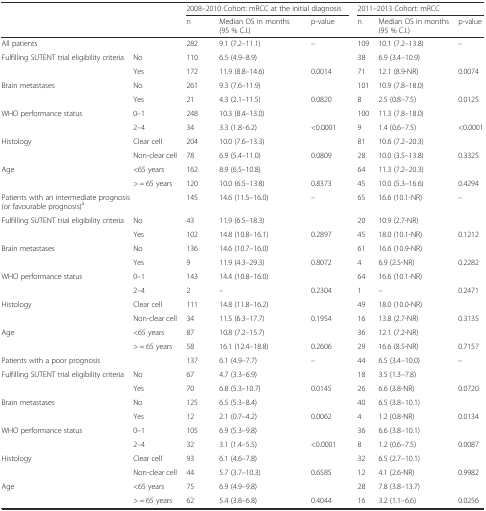
<table><thead><tr><td rowspan="2" colspan="2"></td><td colspan="3"><b>2008–2010 Cohort: mRCC at the initial diagnosis</b></td><td colspan="3"><b>2011–2013 Cohort: mRCC</b></td></tr><tr><td><b>n</b></td><td><b>Median OS in months (95 % C.I.)</b></td><td><b>p-value</b></td><td><b>n</b></td><td><b>Median OS in months (95 % C.I.)</b></td><td><b>p-value</b></td></tr></thead><tbody><tr><td colspan="2">All patients</td><td>282</td><td>9.1 (7.2–11.1)</td><td>–</td><td>109</td><td>10.1 (7.2–13.8)</td><td>–</td></tr><tr><td>Fulfilling SUTENT trial eligibility criteria</td><td>No</td><td>110</td><td>6.5 (4.9–8.9)</td><td></td><td>38</td><td>6.9 (3.4–10.9)</td><td></td></tr><tr><td></td><td>Yes</td><td>172</td><td>11.9 (8.8–14.6)</td><td>0.0014</td><td>71</td><td>12.1 (8.9-NR)</td><td>0.0074</td></tr><tr><td>Brain metastases</td><td>No</td><td>261</td><td>9.3 (7.6–11.9)</td><td></td><td>101</td><td>10.9 (7.8–18.0)</td><td></td></tr><tr><td></td><td>Yes</td><td>21</td><td>4.3 (2.1–11.5)</td><td>0.0820</td><td>8</td><td>2.5 (0.8–7.5)</td><td>0.0125</td></tr><tr><td>WHO performance status</td><td>0–1</td><td>248</td><td>10.3 (8.4–13.0)</td><td></td><td>100</td><td>11.3 (7.8–18.0)</td><td></td></tr><tr><td></td><td>2–4</td><td>34</td><td>3.3 (1.8–6.2)</td><td>&lt;0.0001</td><td>9</td><td>1.4 (0.6–7.5)</td><td>&lt;0.0001</td></tr><tr><td>Histology</td><td>Clear cell</td><td>204</td><td>10.0 (7.6–13.3)</td><td></td><td>81</td><td>10.6 (7.2–20.3)</td><td></td></tr><tr><td></td><td>Non-clear cell</td><td>78</td><td>6.9 (5.4–11.0)</td><td>0.0809</td><td>28</td><td>10.0 (3.5–13.8)</td><td>0.3325</td></tr><tr><td>Age</td><td>&lt;65 years</td><td>162</td><td>8.9 (6.5–10.8)</td><td></td><td>64</td><td>11.3 (7.2–20.3)</td><td></td></tr><tr><td></td><td>&gt; = 65 years</td><td>120</td><td>10.0 (6.5–13.8)</td><td>0.8373</td><td>45</td><td>10.0 (5.3–16.6)</td><td>0.4294</td></tr><tr><td colspan="2">Patients with an intermediate prognosis (or favourable prognosis)<sup>a</sup></td><td>145</td><td>14.6 (11.5–16.0)</td><td>–</td><td>65</td><td>16.6 (10.1-NR)</td><td>–</td></tr><tr><td>Fulfilling SUTENT trial eligibility criteria</td><td>No</td><td>43</td><td>11.9 (6.5–18.3)</td><td></td><td>20</td><td>10.9 (2.7-NR)</td><td></td></tr><tr><td></td><td>Yes</td><td>102</td><td>14.8 (10.8–16.1)</td><td>0.2897</td><td>45</td><td>18.0 (10.1-NR)</td><td>0.1212</td></tr><tr><td>Brain metastases</td><td>No</td><td>136</td><td>14.6 (10.7–16.0)</td><td></td><td>61</td><td>16.6 (10.9-NR)</td><td></td></tr><tr><td></td><td>Yes</td><td>9</td><td>11.9 (4.3–29.3)</td><td>0.8072</td><td>4</td><td>6.9 (2.5-NR)</td><td>0.2282</td></tr><tr><td>WHO performance status</td><td>0–1</td><td>143</td><td>14.4 (10.8–16.0)</td><td></td><td>64</td><td>16.6 (10.1-NR)</td><td></td></tr><tr><td></td><td>2–4</td><td>2</td><td>–</td><td>0.2304</td><td>1</td><td>–</td><td>0.2471</td></tr><tr><td>Histology</td><td>Clear cell</td><td>111</td><td>14.8 (11.8–16.2)</td><td></td><td>49</td><td>18.0 (10.0-NR)</td><td></td></tr><tr><td></td><td>Non-clear cell</td><td>34</td><td>11.5 (6.3–17.7)</td><td>0.1954</td><td>16</td><td>13.8 (2.7-NR)</td><td>0.3135</td></tr><tr><td>Age</td><td>&lt;65 years</td><td>87</td><td>10.8 (7.2–15.7)</td><td></td><td>36</td><td>12.1 (7.2-NR)</td><td></td></tr><tr><td></td><td>&gt; = 65 years</td><td>58</td><td>16.1 (12.4–18.8)</td><td>0.2606</td><td>29</td><td>16.6 (8.5-NR)</td><td>0.7157</td></tr><tr><td colspan="2">Patients with a poor prognosis</td><td>137</td><td>6.1 (4.9–7.7)</td><td>–</td><td>44</td><td>6.5 (3.4–10.0)</td><td>–</td></tr><tr><td>Fulfilling SUTENT trial eligibility criteria</td><td>No</td><td>67</td><td>4.7 (3.3–6.9)</td><td></td><td>18</td><td>3.5 (1.3–7.8)</td><td></td></tr><tr><td></td><td>Yes</td><td>70</td><td>6.8 (5.3–10.7)</td><td>0.0145</td><td>26</td><td>6.6 (3.8-NR)</td><td>0.0720</td></tr><tr><td>Brain metastases</td><td>No</td><td>125</td><td>6.5 (5.3–8.4)</td><td></td><td>40</td><td>6.5 (3.8–10.1)</td><td></td></tr><tr><td></td><td>Yes</td><td>12</td><td>2.1 (0.7–4.2)</td><td>0.0062</td><td>4</td><td>1.2 (0.8-NR)</td><td>0.0134</td></tr><tr><td>WHO performance status</td><td>0–1</td><td>105</td><td>6.9 (5.3–9.8)</td><td></td><td>36</td><td>6.6 (3.8–10.1)</td><td></td></tr><tr><td></td><td>2–4</td><td>32</td><td>3.1 (1.4–5.5)</td><td>&lt;0.0001</td><td>8</td><td>1.2 (0.6–7.5)</td><td>0.0087</td></tr><tr><td>Histology</td><td>Clear cell</td><td>93</td><td>6.1 (4.6–7.8)</td><td></td><td>32</td><td>6.5 (2.7–10.1)</td><td></td></tr><tr><td></td><td>Non-clear cell</td><td>44</td><td>5.7 (3.7–10.3)</td><td>0.6585</td><td>12</td><td>4.1 (2.6-NR)</td><td>0.9982</td></tr><tr><td>Age</td><td>&lt;65 years</td><td>75</td><td>6.9 (4.9–9.8)</td><td></td><td>28</td><td>7.8 (3.8–13.7)</td><td></td></tr><tr><td></td><td>&gt; = 65 years</td><td>62</td><td>5.4 (3.8–6.8)</td><td>0.4044</td><td>16</td><td>3.2 (1.1–6.6)</td><td>0.0256</td></tr></tbody></table>